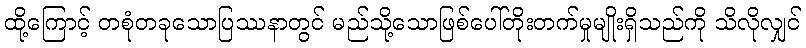
ထို့ကြောင့် တစုံတခုသောပြဿနာတွင် မည်သို့သောဖြစ်ပေါ်တိုးတက်မှုမျိုးရှိသည်ကို သိလိုလျှင်